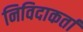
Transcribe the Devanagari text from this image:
निविदाकर्ता